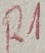
Text: R1